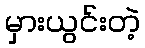
မှားယွင်းတဲ့